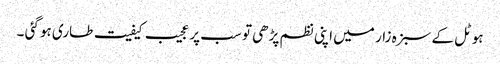
ہوٹل کے سبزہ زار میں اپنی نظم پڑھی تو سب پر عجیب کیفیت طاری ہو گئی ۔